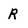
Character: R